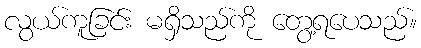
လွယ်ကူခြင်း မရှိသည်ကို တွေ့ရပေသည်။